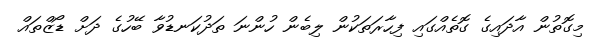
މިގޮތުން އާދައިގެ ގޮތެއްގައި ފިހާރަތަކުން ލިބެން ހުންނަ ތަދުކަނޑުވާ ބޭހުގެ ދަށް ޑޯޒްތައް